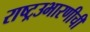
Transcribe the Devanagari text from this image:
राष्ट्रउभारणीची